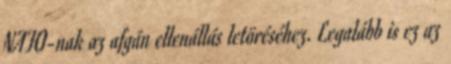
NATO-nak az afgán ellenállás letöréséhez. Legalább is ez az